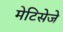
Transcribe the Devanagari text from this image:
मेटिसेजे